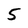
Character: 5